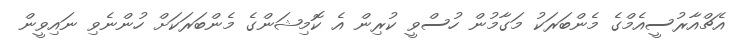
އެޗްއާރުސީއެމްގެ މެންބަރަކު މަގާމުން ހުސްވީ ކުރިން އެ ކޮމިޝަންގެ މެންބަރަކަށް ހުންނެވި ނައިވީން